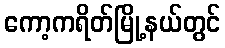
ကော့ကရိတ်မြို့နယ်တွင်